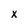
Character: x